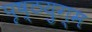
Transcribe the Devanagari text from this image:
पृष्ठयुग्म